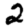
Digit: 2